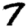
Digit: 7